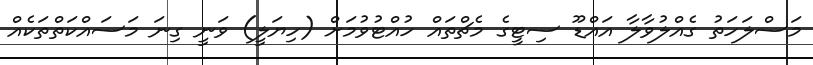
މަސްލަހަތު ގެއްލުވާލާ އައްޑޫ ސިޓީގެ މެޗްތައް ހުއްޓުވުމަށް (ހިޔަލީ) ވަނީ ގިނަ މަސައްކަތްތަކެއް